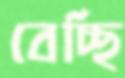
বেচ্ছি